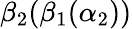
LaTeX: \beta_{2}(\beta_{1}(\alpha_{2}))